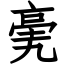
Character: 亴